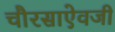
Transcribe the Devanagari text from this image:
चौरसाऐवजी